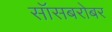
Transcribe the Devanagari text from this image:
सॉसबरोबर